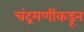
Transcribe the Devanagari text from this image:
चंद्रमणींकडून